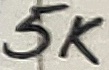
Text: 5K